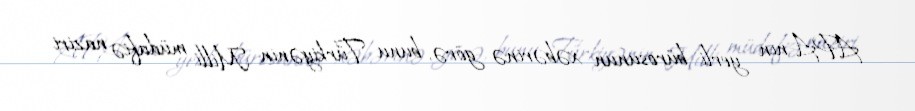
APA-nın yerli bürosunun xəbərinə görə, bunu Türkiyənin Milli müdafiə naziri